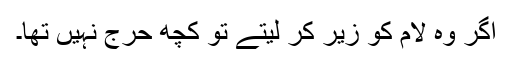
اگر وہ لام کو زیر کر لیتے تو کچھ حرج نہیں تھا۔